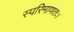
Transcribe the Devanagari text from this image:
स्परिमाणतः।